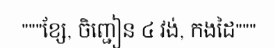
"""ខ្សែ, ចិញ្ជៀន ៤ វង់, កងដៃ"""